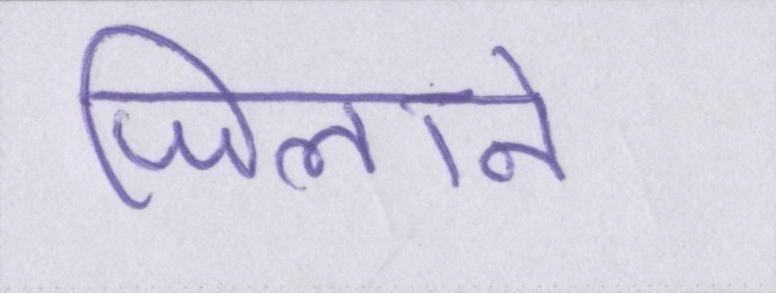
जिलाने